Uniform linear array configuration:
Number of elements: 8
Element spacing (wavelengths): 0.5
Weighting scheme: kaiser
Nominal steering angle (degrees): -15
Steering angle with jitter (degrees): -16.377
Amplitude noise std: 0.05
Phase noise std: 0.05

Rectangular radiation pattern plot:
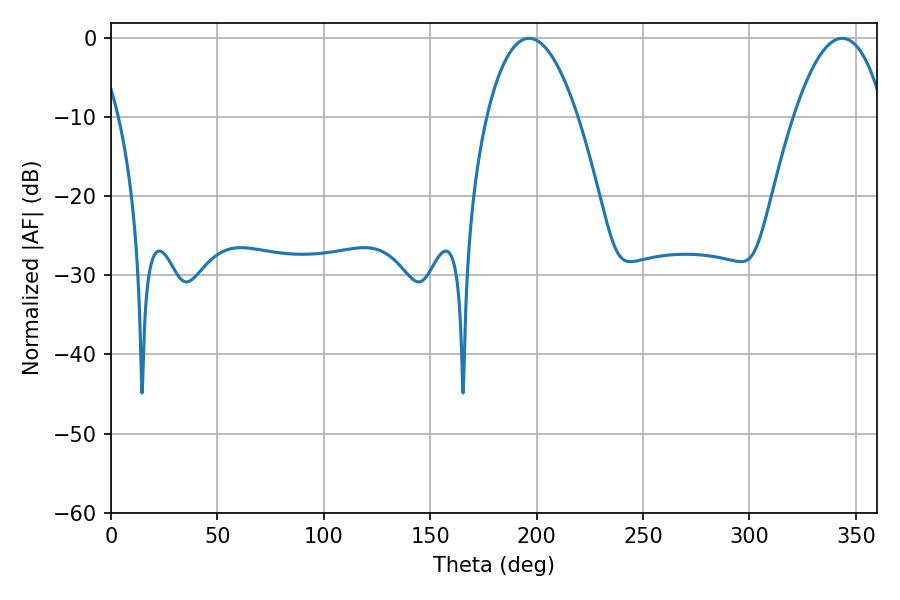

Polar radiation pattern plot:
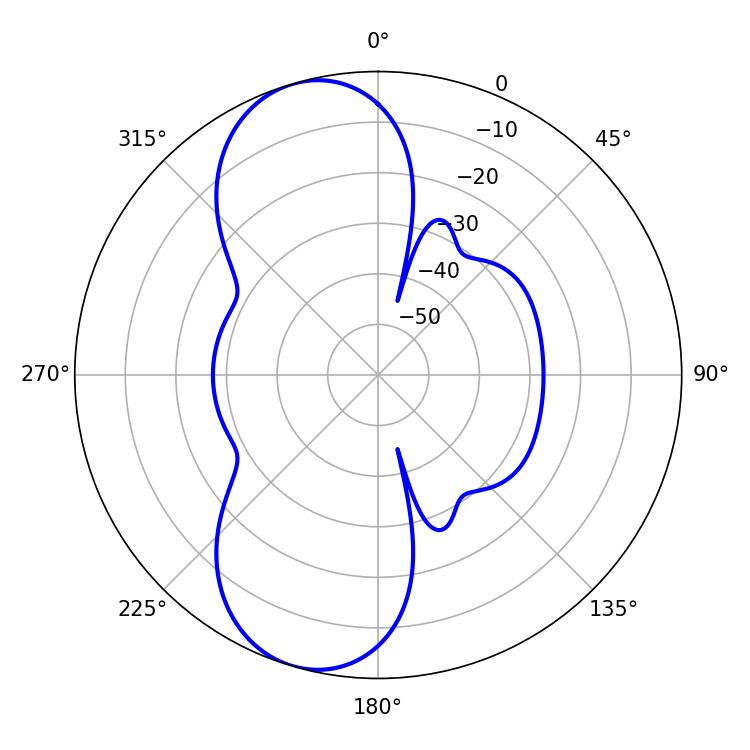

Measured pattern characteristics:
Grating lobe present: FALSE
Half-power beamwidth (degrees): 23.76
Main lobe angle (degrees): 196.38